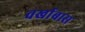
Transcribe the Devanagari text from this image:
वर्खाबास